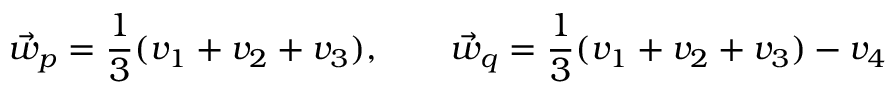
\vec { w } _ { p } = \frac { 1 } { 3 } ( v _ { 1 } + v _ { 2 } + v _ { 3 } ) , \qquad \vec { w } _ { q } = \frac { 1 } { 3 } ( v _ { 1 } + v _ { 2 } + v _ { 3 } ) - v _ { 4 }